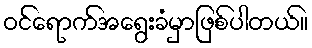
ဝင်ရောက်အရွေးခံမှာဖြစ်ပါတယ်။